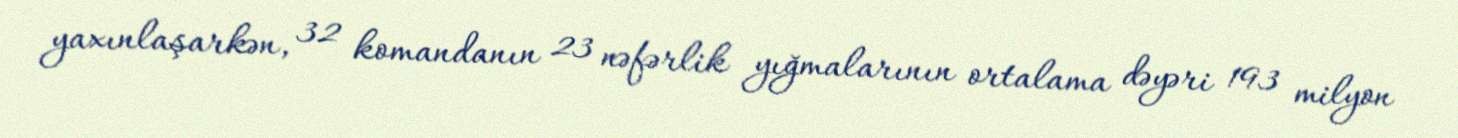
yaxınlaşarkən, 32 komandanın 23 nəfərlik yığmalarının ortalama dəyəri 193 milyon